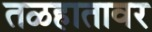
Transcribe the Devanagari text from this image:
तळहातावर